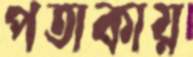
পতাকায়